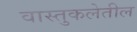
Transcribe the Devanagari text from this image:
वास्तुकलेतील